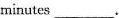
minutes___。